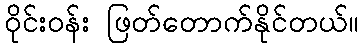
ဝိုင်း၀န်း ဖြတ်တောက်နိုင်တယ်။